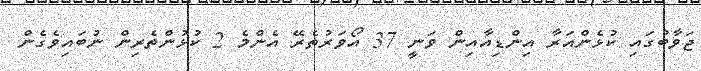
ޖަވާބުގައި ކުޅެންއަރާ އިންޑިއާއިން ވަނީ 37 އޯވަރުތެރޭ އެންމެ 2 ކުޅުންތެރިން ނުބައިވެގެން